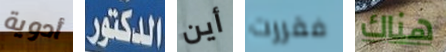
أدوية الدكتور أين فقررت هناك